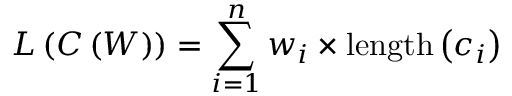
L \left( C \left( W \right) \right) = \sum _ { i = 1 } ^ { n } { w _ { i } \times \mathrm { l e n g t h } \left( c _ { i } \right) }